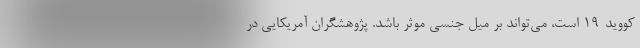
کووید-۱۹ است، می‌تواند بر میل جنسی موثر باشد. پژوهشگران آمریکایی در